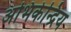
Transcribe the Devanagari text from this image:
अभिकेन्द्रिय